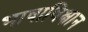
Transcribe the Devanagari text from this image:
भाषाविक्षान